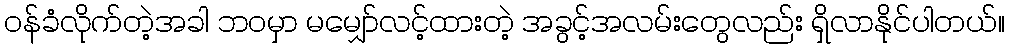
ဝန်ခံလိုက်တဲ့အခါ ဘဝမှာ မမျှော်လင့်ထားတဲ့ အခွင့်အလမ်းတွေလည်း ရှိလာနိုင်ပါတယ်။